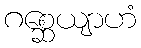
ဂစ္ဆေယျာဟံ